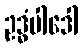
ဥဒ္ဓံပါဒေါ